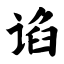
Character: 谄